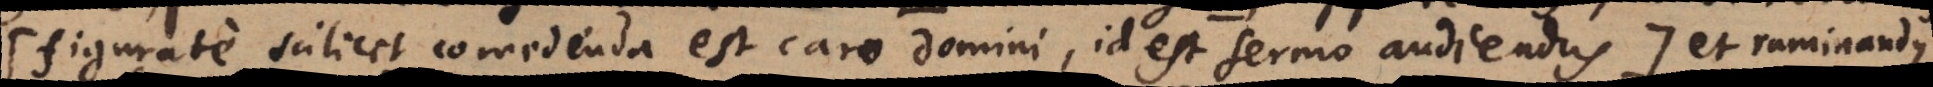
figurate scilicet comedenda est caro Domini, id est sermo audiendus:) et raminandus